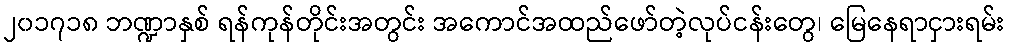
၂၀၁၇၁၈ ဘဏ္ဍာနှစ် ရန်ကုန်တိုင်းအတွင်း အကောင်အထည်ဖော်တဲ့လုပ်ငန်းတွေ၊ မြေနေရာငှားရမ်း